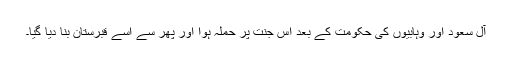
آلِ سعود اور وہابیوں کی حکومت کے بعد اِس جنّت پر حملہ ہوا اور پھر سے اِسے قبرستان بنا دیا گیا۔